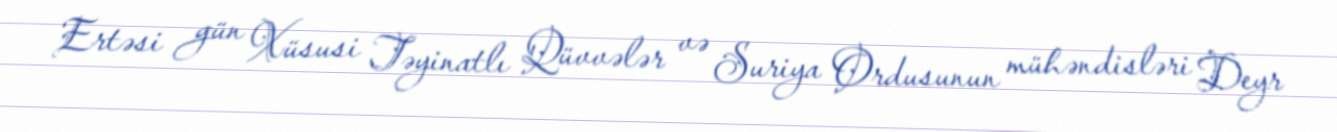
Ertəsi gün Xüsusi Təyinatlı Qüvvələr və Suriya Ordusunun mühəndisləri Deyr